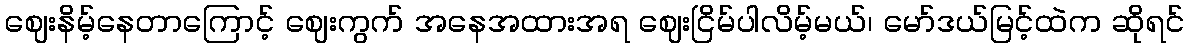
ဈေးနိမ့်နေတာကြောင့် ဈေးကွက် အနေအထားအရ ဈေးငြိမ်ပါလိမ့်မယ်၊ မော်ဒယ်မြင့်ထဲက ဆိုရင်